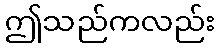
ဤသည်ကလည်း